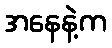
အနေနဲ့က